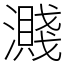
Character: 濺